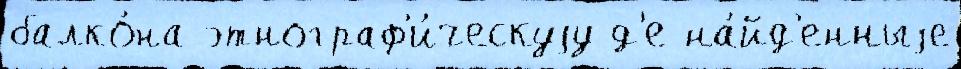
балко́на этнограф'и́ческуjу д'е на́йд'енныjе